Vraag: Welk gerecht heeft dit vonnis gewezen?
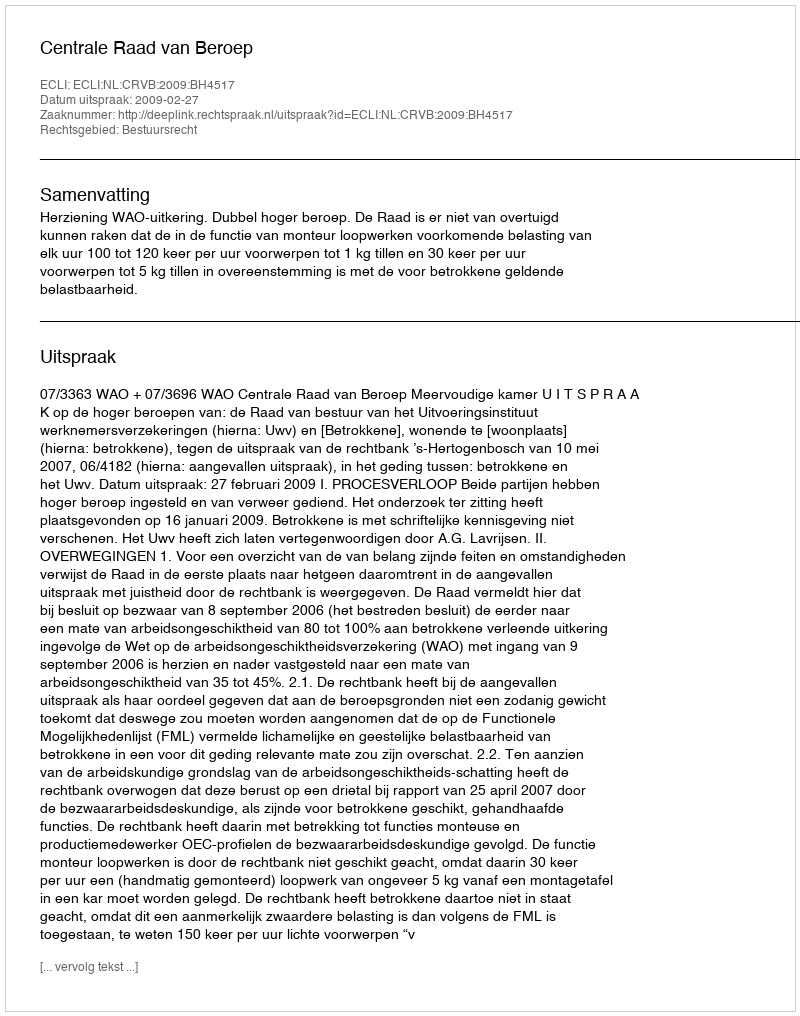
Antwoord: Centrale Raad van Beroep